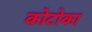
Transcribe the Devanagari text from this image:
कोटोका